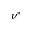
\nu ^ { * }